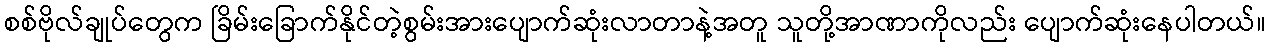
စစ်ဗိုလ်ချုပ်တွေက ခြိမ်းခြောက်နိုင်တဲ့စွမ်းအားပျောက်ဆုံးလာတာနဲ့အတူ သူတို့အာဏာကိုလည်း ပျောက်ဆုံးနေပါတယ်။